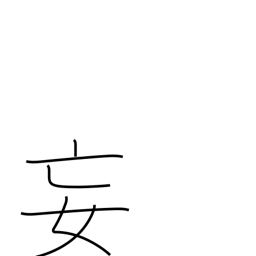
Meaning: delusion